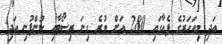
އަދި މިއަހަރުގެ ފެއާގައި 280 އަށް ވުރެ ގިނަ ރިސޯޓާއި ކުންފުނި އަދި